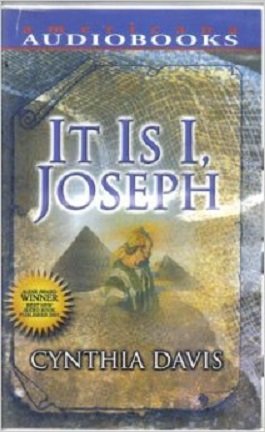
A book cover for It is I, Joseph; Cynthia Davis; Christian Books & Bibles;